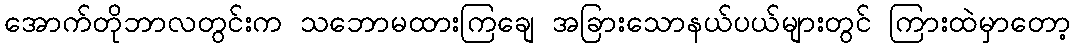
အောက်တိုဘာလတွင်းက သဘောမထားကြချေ အခြားသောနယ်ပယ်များတွင် ကြားထဲမှာတော့